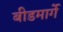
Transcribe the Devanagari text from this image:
बीडमार्गे